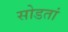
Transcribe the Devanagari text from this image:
सोडतां